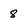
Character: 8